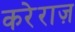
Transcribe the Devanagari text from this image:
करेराज़